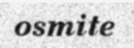
osmite